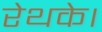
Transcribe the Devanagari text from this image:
रेथके।